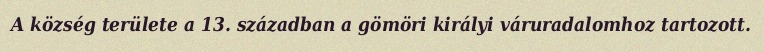
A község területe a 13. században a gömöri királyi váruradalomhoz tartozott.